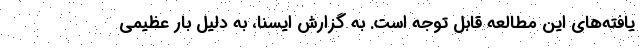
یافته‌های این مطالعه قابل توجه است. به گزارش ایسنا، به دلیل بار عظیمی